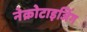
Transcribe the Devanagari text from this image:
नेक्रोटाइजिंग